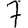
Digit: 7